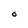
Character: O